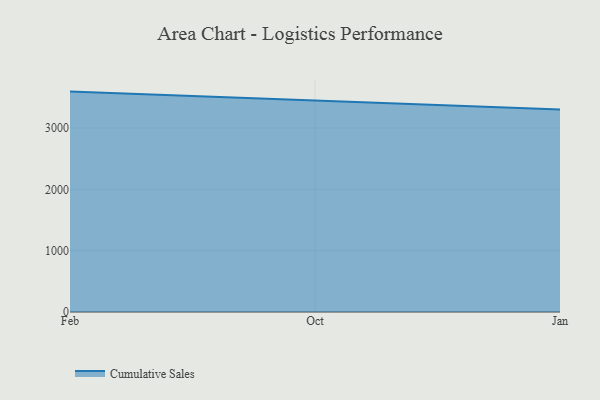
{"axis": {"x": "Month", "y": "Conversion Rate (%)"}, "legend": ["Cumulative Sales"], "data": [{"x": "Feb", "y": 3594.3, "type": "Cumulative Sales"}, {"x": "Oct", "y": 3449.9, "type": "Cumulative Sales"}, {"x": "Jan", "y": 3304.4, "type": "Cumulative Sales"}]}